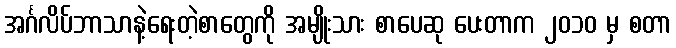
အင်္ဂလိပ်ဘာသာနဲ့ရေးတဲ့စာတွေကို အမျိုးသား စာပေဆု ပေးတာက ၂၀၁၀ မှ စတာ